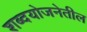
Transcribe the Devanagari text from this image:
शब्दयोजनेतील